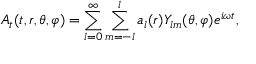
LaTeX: A _ { t } ( t , r , \theta , \varphi ) = \sum _ { l = 0 } ^ { \infty } \sum _ { m = - l } ^ { l } a _ { l } ( r ) Y _ { l m } ( \theta , \varphi ) e ^ { i \omega t } ,